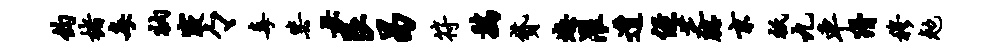
钧楮每衲寝々毒毖母艮曷符鸡贷恕濯遭侄芝腮京只九车猾穆勉